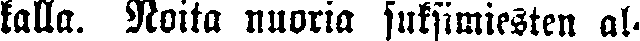
kalla. Noita nuoria suksimiesten al-